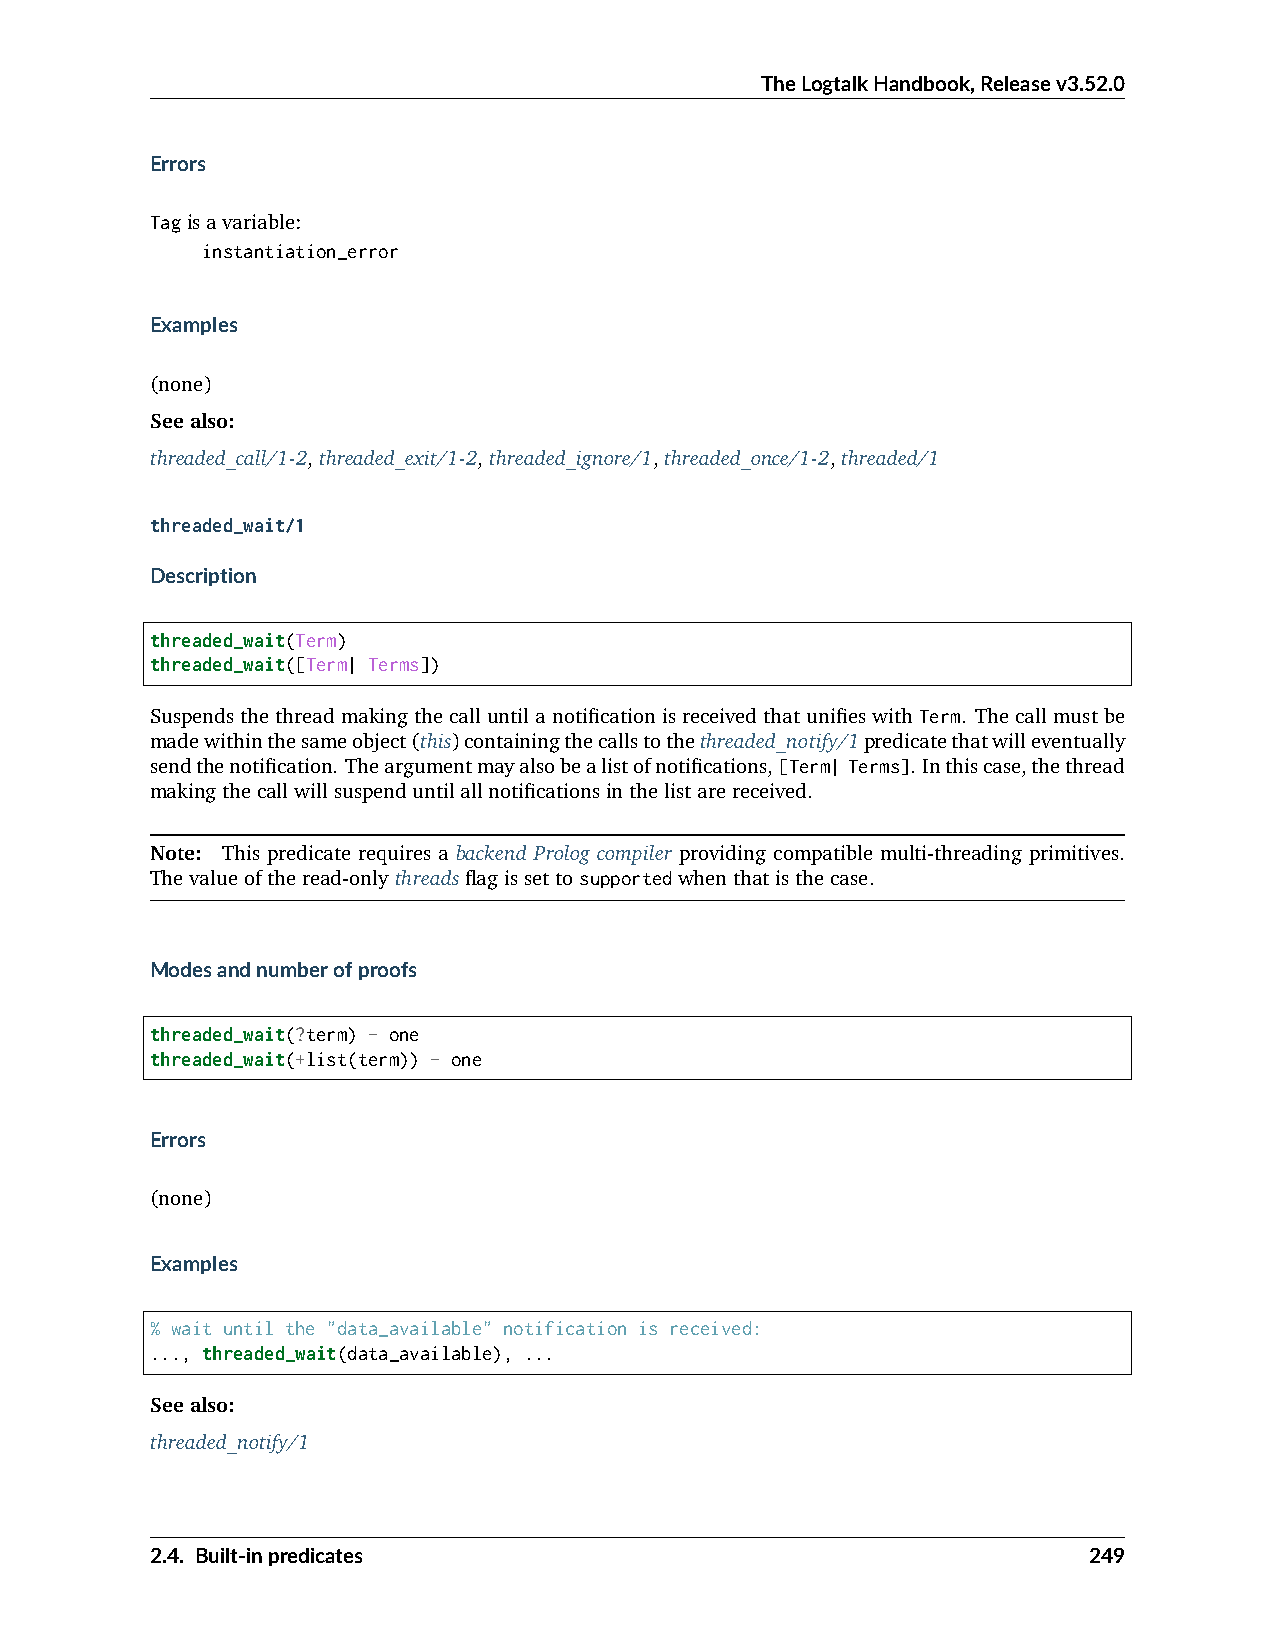
TheLogtalkHandbook,Releasev3.52.0
 Errors
 Tagisavariable:
 instantiation_error
 Examples
 (none)
 Seealso:
 threaded_call/1-2,threaded_exit/1-2,threaded_ignore/1,threaded_once/1-2,threaded/1
 threaded_wait/1
 Description
 threaded_wait(Term)
 threaded_wait([Term| Terms])
 SuspendsthethreadmakingthecalluntilanotificationisreceivedthatunifieswithTerm. Thecallmustbe
 madewithinthesameobject(this)containingthecallstothethreaded_notify/1predicatethatwilleventually
 sendthenotification. Theargumentmayalsobealistofnotifications,[Term| Terms]. Inthiscase,thethread
 makingthecallwillsuspenduntilallnotificationsinthelistarereceived.
 Note: This predicate requires a backend Prolog compiler providing compatible multi-threading primitives.
 Thevalueoftheread-onlythreadsflagissettosupportedwhenthatisthecase.
 Modesandnumberofproofs
 threaded_wait(?term) - one
 threaded_wait(+list(term)) - one
 Errors
 (none)
 Examples
 % wait until the "data_available" notification is received:
 ..., threaded_wait(data_available), ...
 Seealso:
 threaded_notify/1
 2.4. Built-inpredicates                                       249